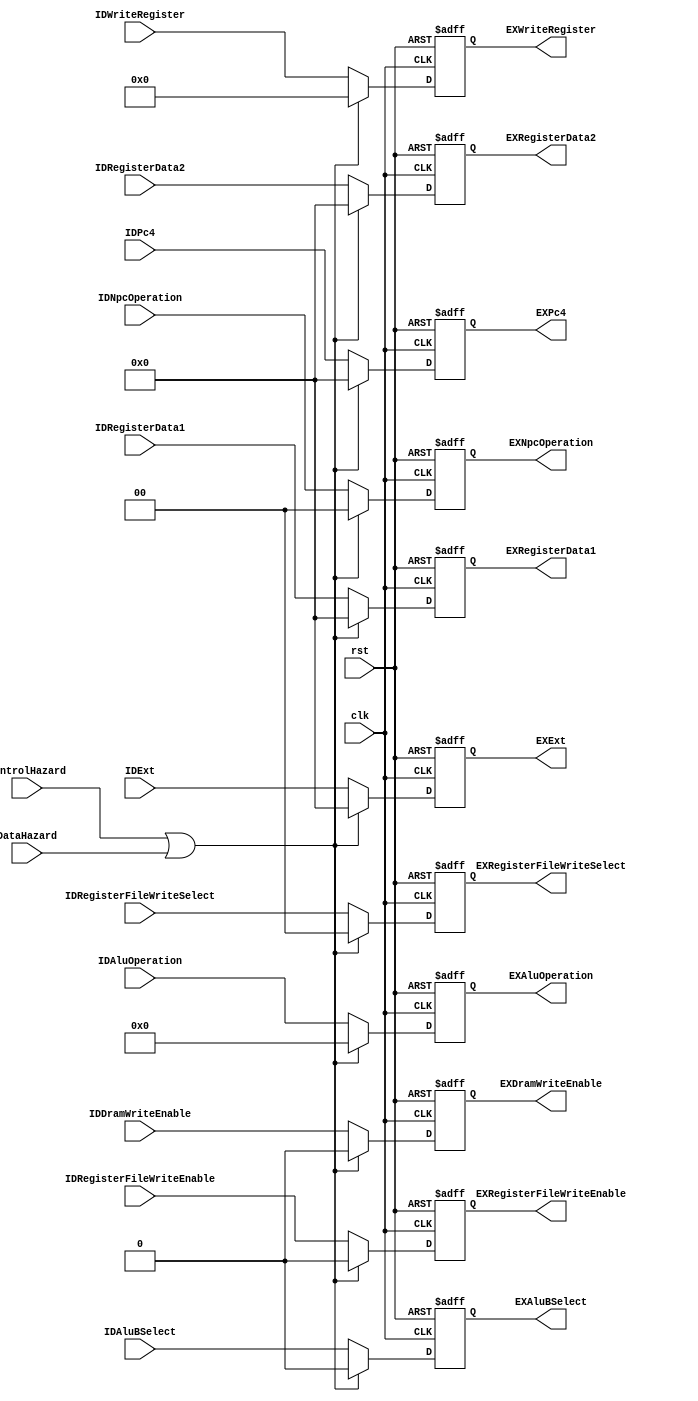
module ID_EX(
    input wire [0:0] clk,
    input wire [0:0] rst,
    input wire [0:0] ControlHazard,
    input wire [0:0] DataHazard, 
    input wire [1:0] IDNpcOperation,
    input wire [0:0] IDDramWriteEnable,
    input wire [3:0] IDAluOperation,
    input wire [0:0] IDAluBSelect,
    input wire [0:0] IDRegisterFileWriteEnable,
    input wire [1:0] IDRegisterFileWriteSelect,
    input wire [4:0] IDWriteRegister,
    input wire [31:0] IDPc4,
    input wire [31:0] IDRegisterData1,
    input wire [31:0] IDRegisterData2,
    input wire [31:0] IDExt,

    output reg [1:0] EXNpcOperation,
    output reg [0:0] EXDramWriteEnable,
    output reg [3:0] EXAluOperation,
    output reg [0:0] EXAluBSelect,
    output reg [0:0] EXRegisterFileWriteEnable,
    output reg [1:0] EXRegisterFileWriteSelect,
    output reg [4:0] EXWriteRegister,
    output reg [31:0] EXPc4,
    output reg [31:0] EXRegisterData1,
    output reg [31:0] EXRegisterData2,
    output reg [31:0] EXExt
 
);

always @(posedge clk or posedge rst) begin
    if(rst) EXNpcOperation <= 0;
    else if(ControlHazard | DataHazard) EXNpcOperation <= 0;
    else EXNpcOperation <= IDNpcOperation; 
end

always @(posedge clk or posedge rst) begin
    if(rst) EXDramWriteEnable <= 0;
    else if(ControlHazard | DataHazard) EXDramWriteEnable <= 0;
    else EXDramWriteEnable <= IDDramWriteEnable;
end

always @(posedge clk or posedge rst) begin
    if(rst) EXAluOperation <= 0;
    else if(ControlHazard | DataHazard) EXAluOperation <= 0;
    else EXAluOperation <= IDAluOperation;
end

always @(posedge clk or posedge rst) begin
    if(rst) EXAluBSelect <= 0;
    else if(ControlHazard | DataHazard) EXAluBSelect <= 0;
    else EXAluBSelect <= IDAluBSelect;
end

always @(posedge clk or posedge rst) begin
    if(rst) EXRegisterFileWriteEnable<=0;
    else if(ControlHazard | DataHazard) EXRegisterFileWriteEnable<=0;
    else EXRegisterFileWriteEnable <= IDRegisterFileWriteEnable;
end

always @(posedge clk or posedge rst) begin
    if(rst) EXRegisterFileWriteSelect<=0;
    else if(ControlHazard | DataHazard) EXRegisterFileWriteSelect<=0;
    else EXRegisterFileWriteSelect <= IDRegisterFileWriteSelect;
end

always @(posedge clk or posedge rst) begin
    if(rst) EXWriteRegister<=0;
    else if(ControlHazard | DataHazard) EXWriteRegister<=0;
    else EXWriteRegister <= IDWriteRegister;
end

always @(posedge clk or posedge rst) begin
    if(rst) EXPc4<=0;
    else if(ControlHazard | DataHazard) EXPc4<=0;
    else EXPc4 <= IDPc4;
end

always @(posedge clk or posedge rst) begin
    if(rst) EXRegisterData1<=0;
    else if(ControlHazard | DataHazard) EXRegisterData1<=0;
    else EXRegisterData1 <= IDRegisterData1;
end

always @(posedge clk or posedge rst) begin
    if(rst) EXRegisterData2<=0;
    else if(ControlHazard | DataHazard) EXRegisterData2<=0;
    else EXRegisterData2 <= IDRegisterData2;
end

always @(posedge clk or posedge rst) begin
    if(rst) EXExt<=0;
    else if(ControlHazard | DataHazard) EXExt<=0;
    else EXExt <= IDExt;
end

endmodule